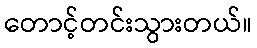
တောင့်တင်းသွားတယ်။